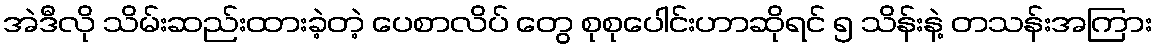
အဲဒီလို သိမ်းဆည်းထားခဲ့တဲ့ ပေစာလိပ် တွေ စုစုပေါင်းဟာဆိုရင် ၅ သိန်းနဲ့ တသန်းအကြား